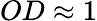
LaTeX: OD\approx 1